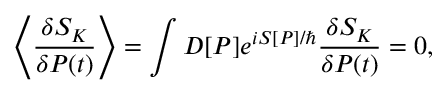
\left\langle \frac { \delta { \cal S } _ { K } } { \delta P ( t ) } \right\rangle = \int { \cal D } [ P ] e ^ { i { \cal S } [ P ] / \hbar } \frac { \delta { \cal S } _ { K } } { \delta P ( t ) } = 0 ,